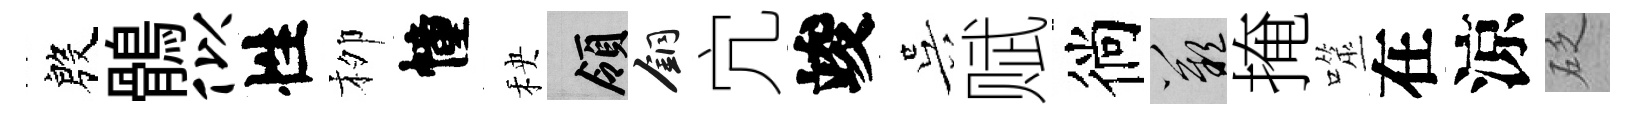
殷鶻似性栁幢秧領銅宂竣吴赋徜嘆掩噬在涼砭